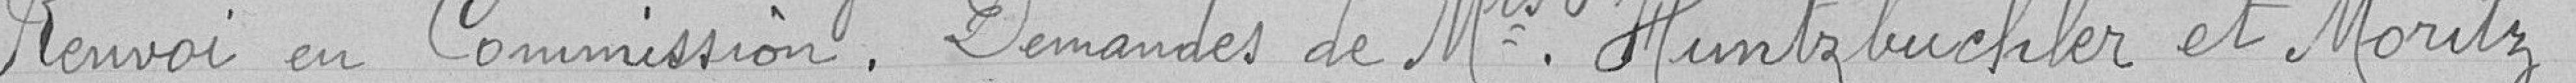
Renvoi en Commission . Demandes de Mrs Huntzbuchler et Moritz .